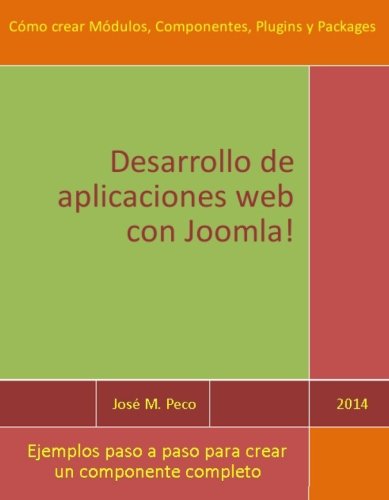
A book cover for Desarrollar aplicaciones web con Joomla!: CreaciÃ³n de MÃ³dulos, Componentes y Plugins (Spanish Edition); JosÃ© M. Peco; Computers & Technology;